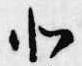
北